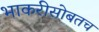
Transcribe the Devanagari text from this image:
भाकरीसोबतच